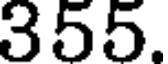
355.